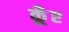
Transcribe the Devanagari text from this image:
कूँए